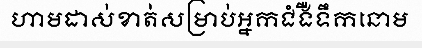
ហាមដាស់ខាត់សម្រាប់អ្នកជំងឺទឹកនោម